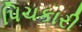
પિચકારી